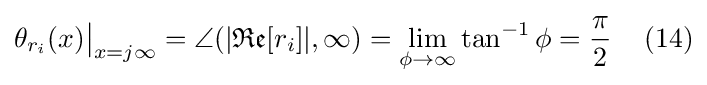
\theta _{r_{i}}(x){\big |}_{x=j\infty }=\angle (|{\mathfrak {Re}}[r_{i}]|,\infty )=\lim _{\phi \to \infty }\tan ^{-1}\phi ={\frac {\pi }{2}}\,\quad (14)